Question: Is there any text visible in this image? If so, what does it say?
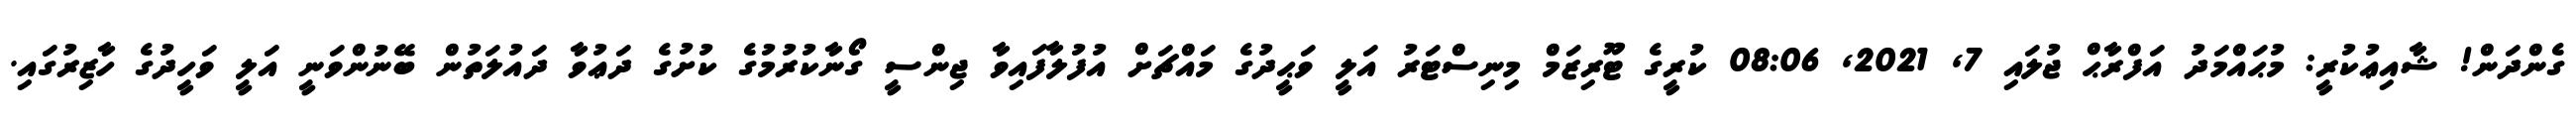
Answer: ގެންދަން! ޝާއިޢުކުރީ: މުޙައްމަދު އަފްރާޙް ޖުލައި 7, 2021, 08:06 ކުރީގެ ޓޫރިޒަމް މިނިސްޓަރު އަލީ ވަޙީދުގެ މައްޗަށް އުފުލާފައިވާ ޖިންސީ ގޯނާކުރުމުގެ ކުށުގެ ދަޢުވާ ދައުލަތުން ބޭނުންވަނީ އަލީ ވަހީދުގެ ހާޒިރުގައި.